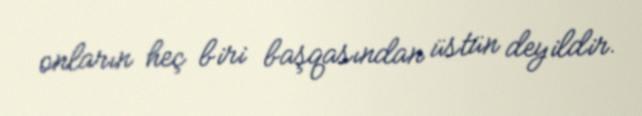
onların heç biri başqasından üstün deyildir.